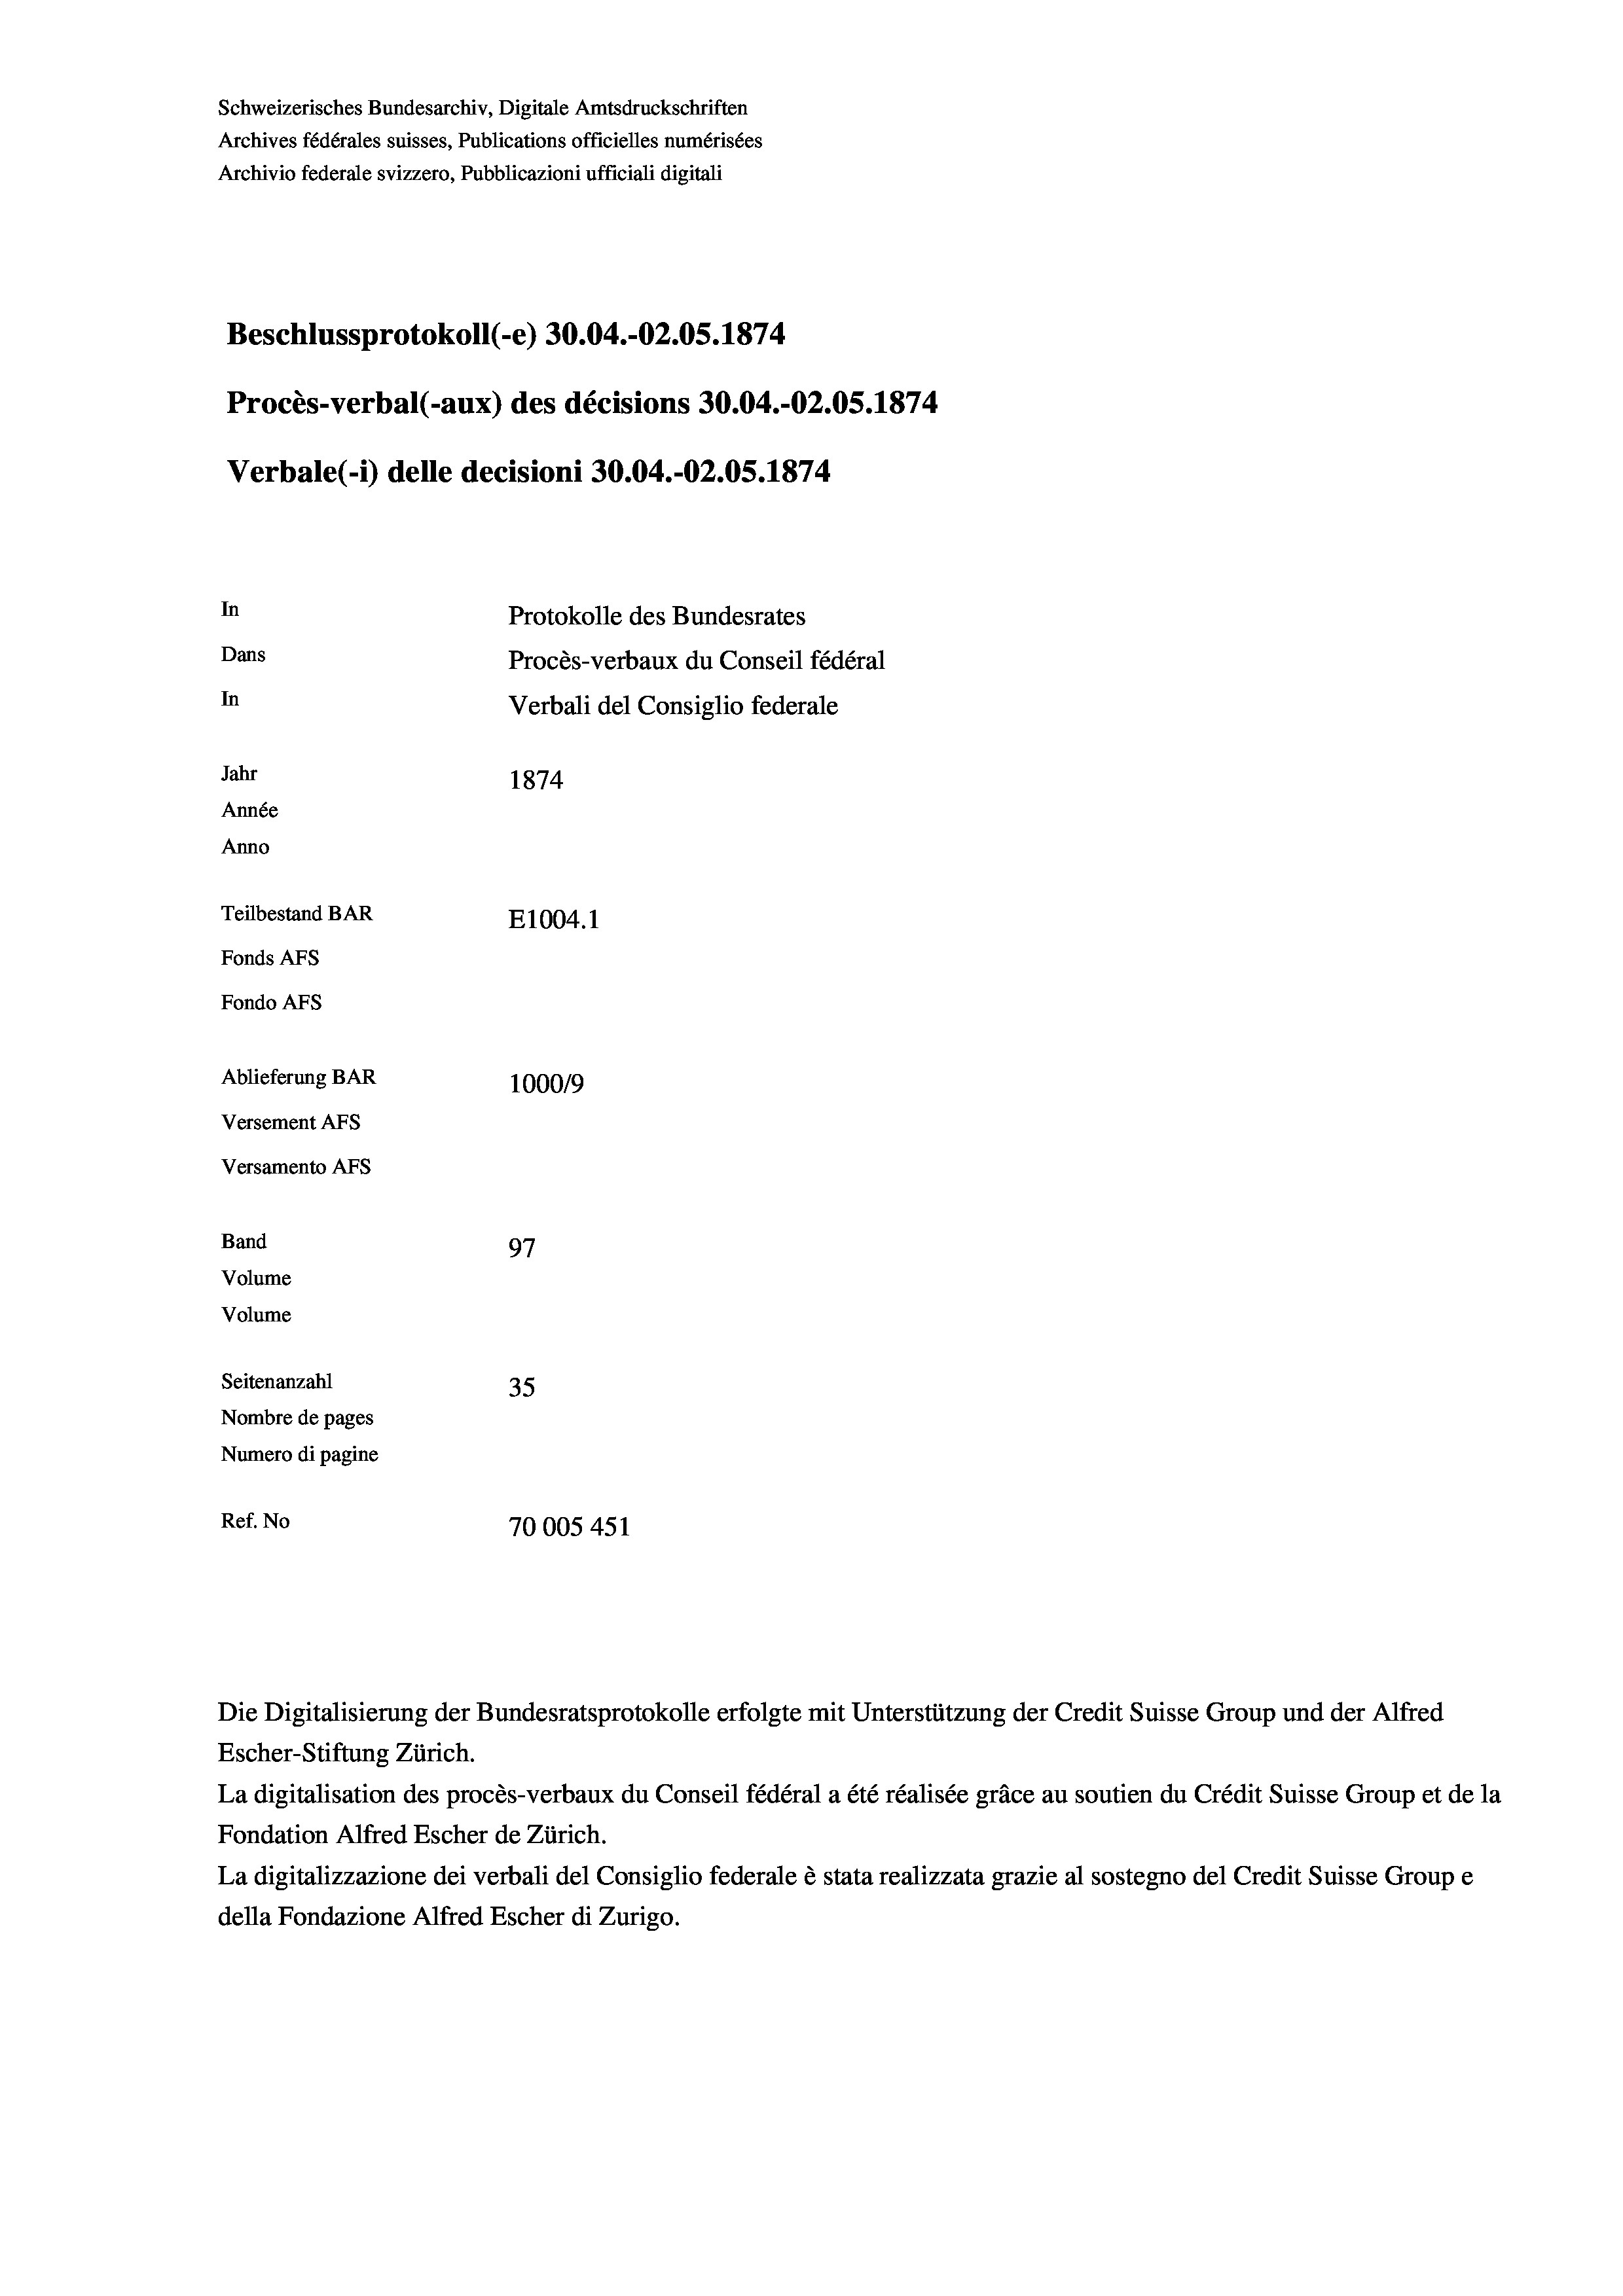
Schweizerisches Bundesarchiv, Digitale Amtsdruckschriften
Archives fédérales suisses, Publications officielles numérisées
Archivio federale svizzero, Pubblicazioni ufficiali digitali
Beschlussprotokoll (-e) 30.04.-OZ.05. 1874
Procès-verbal (-aux) des décisions 30.04.-O2.05. 1874
Verbale (1) delle decisioni 30.04.-O2.05. 1874.
In
Protokolle des Bundesrates
Dans
Procès-verbaux du Conseil fédéral
In
Verbali del Consiglio federale
Jahr
1874
Année
Anno
Teilbestand BAR
E1004. 1
Fonds AFs
Fondo Afs
Ablieferung BAR
100019
Versement AFs
Versamento Afs
Band
97
Volume
Volume

Seitenanzahl
35
Nombre de pages
Numero di pagine
Ref. No
70005451

Die Digitalisierung der Bundesratsprotokolle erfolgte mit Unterstützung der Credit Suisse Group und der Alfred
Escher-Stiftung Zürich.
La digitalisation des procès-verbaux du Conseil fédéral a été réalisée gräce au soutien du Crédit Suisse Group et de la
Fondation Alfred Escher de Zürich.
La digitalizzazione dei verbali del Consiglio federale è stata realizzata grazie al sostegno del Credit Suisse Groupe
della Fondazione Alfred Escher di Zurigo.